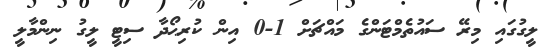
ލީގުގައި މިރޭ ސައުތެމްޓަންގެ މައްޗަށް 1-0 އިން ކުރިޙޯދާ ސިޓީ ލީގު ނިންމާލީ